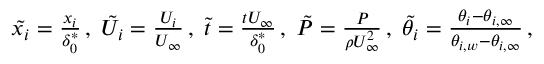
\begin{array} { r } { \tilde { { x } _ { i } } = \frac { x _ { i } } { \delta _ { 0 } ^ { * } } \, , \; \tilde { { U } _ { i } } = \frac { U _ { i } } { U _ { \infty } } \, , \; \tilde { t } = \frac { t U _ { \infty } } { \delta _ { 0 } ^ { * } } \, , \; \tilde { P } = \frac { P } { \rho U _ { \infty } ^ { 2 } } \, , \; \tilde { { \theta } _ { i } } = \frac { \theta _ { i } - \theta _ { i , \infty } } { \theta _ { i , w } - \theta _ { i , \infty } } \, , } \end{array}